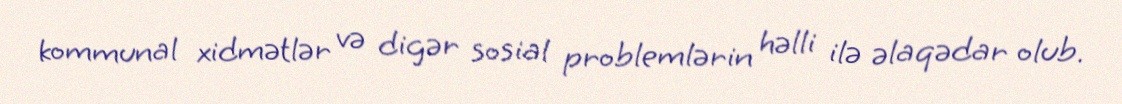
kommunal xidmətlər və digər sosial problemlərin həlli ilə əlaqədar olub.